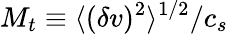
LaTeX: M_{t}\equiv\langle(\delta v)^{2}\rangle^{1/2}/c_{s}